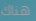
هناك